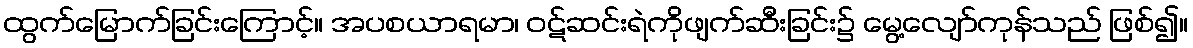
ထွက်မြောက်ခြင်းကြောင့်။ အပစယာရမာ၊ ဝဋ်ဆင်းရဲကိုဖျက်ဆီးခြင်း၌ မွေ့လျော်ကုန်သည် ဖြစ်၍။